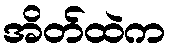
အိတ်ထဲက